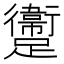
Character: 躛